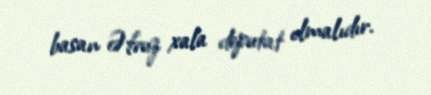
basan Əfruz xala deputat olmalıdır.